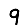
Digit: 9